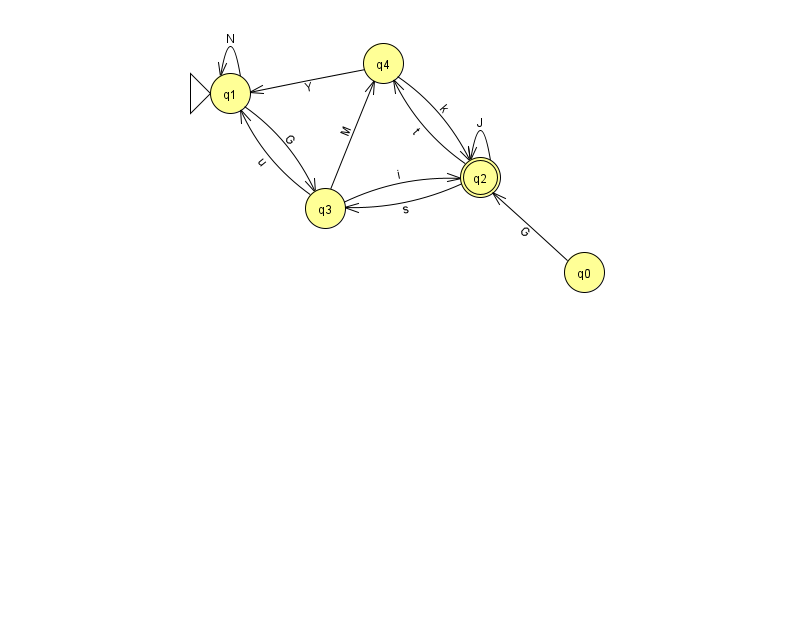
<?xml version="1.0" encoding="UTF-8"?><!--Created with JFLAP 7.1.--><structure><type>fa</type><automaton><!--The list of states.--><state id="0" name="q0"><x>584.0</x><y>259.0</y></state><state id="1" name="q1"><x>230.0</x><y>80.0</y><initial/></state><state id="2" name="q2"><x>480.0</x><y>164.0</y><final/></state><state id="3" name="q3"><x>325.0</x><y>195.0</y></state><state id="4" name="q4"><x>383.0</x><y>50.0</y></state><!--The list of transitions.--><transition><from>1</from><to>3</to><read>G</read></transition><transition><from>4</from><to>2</to><read>k</read></transition><transition><from>3</from><to>1</to><read>u</read></transition><transition><from>3</from><to>2</to><read>i</read></transition><transition><from>4</from><to>1</to><read>Y</read></transition><transition><from>2</from><to>2</to><read>J</read></transition><transition><from>3</from><to>4</to><read>M</read></transition><transition><from>1</from><to>1</to><read>N</read></transition><transition><from>2</from><to>4</to><read>t</read></transition><transition><from>0</from><to>2</to><read>G</read></transition><transition><from>2</from><to>3</to><read>s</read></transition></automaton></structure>